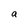
Character: a